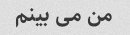
من می بینم